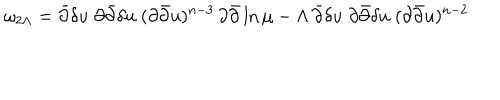
LaTeX: \omega _ { 2 \Lambda } = \bar { \partial } \delta u \; \partial \bar { \partial } \delta u \; ( \partial \bar { \partial } u ) ^ { n - 3 } \, \partial \bar { \partial } \ln \mu - \Lambda \, \bar { \partial } \delta u \; \partial \bar { \partial } \delta u \; ( \partial \bar { \partial } u ) ^ { n - 2 }